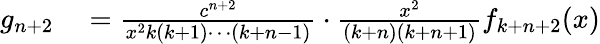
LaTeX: \begin{array}{rl}{g_{n+2}}&{{}={\frac{c^{n+2}}{x^{2}k(k+1)\cdots(k+n-1)}}\cdot{\frac{x^{2}}{(k+n)(k+n+1)}}f_{k+n+2}(x)}\end{array}